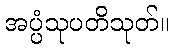
အပ္ပံသုပတိသုတ်။